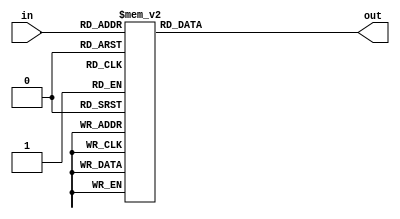
`timescale 1ns/1ns
module SSD (     
	input wire [3:0]in,     
	output reg [6:0]out 
);
	always @(in) begin
		case(in)
			4'h0: out <= 7'h40;
			4'h1: out <= 7'h79;
			4'h2: out <= 7'h24;
			4'h3: out <= 7'h30;
			4'h4: out <= 7'h19;
			4'h5: out <= 7'h12;
			4'h6: out <= 7'h02;
			4'h7: out <= 7'h78;
			4'h8: out <= 7'h00;
			4'h9: out <= 7'h10;
			4'ha: out <= 7'h08;
			4'hb: out <= 7'h03;
			4'hc: out <= 7'h46;
			4'hd: out <= 7'h21;
			4'he: out <= 7'h06;
			4'hf: out <= 7'h0e;
		endcase
	end	
endmodule